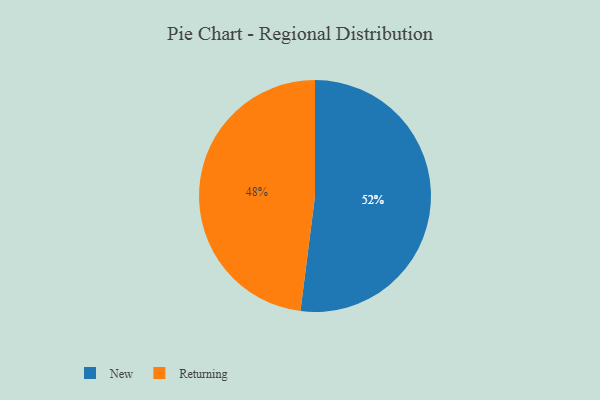
{"axis": {"x": "Category", "y": "Percentage"}, "legend": ["New", "Returning"], "data": [{"x": "Returning", "y": 48, "type": "Returning"}, {"x": "New", "y": 52, "type": "New"}]}